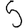
Digit: 5